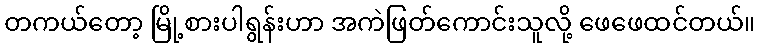
တကယ်တော့ မြို့စားပါရွန်းဟာ အကဲဖြတ်ကောင်းသူလို့ ဖေဖေထင်တယ်။